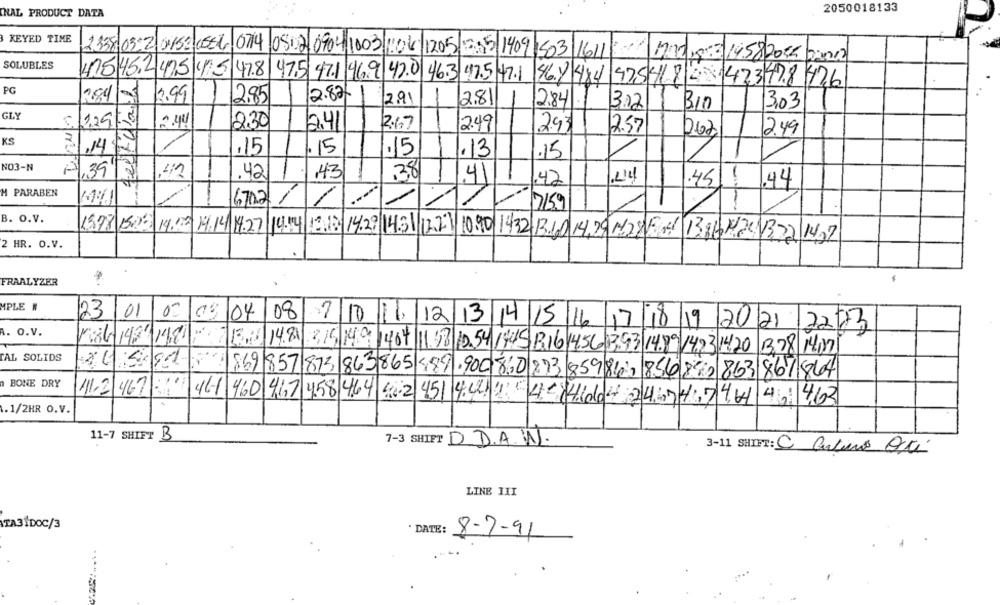
2050018133
THAL PRODUCT DATA
KEYED TIME
2335.03-2 01152 0554, 074 0512 0904 1003 106 1205
503/1611
Mad,8:314582055 22012
SOLUBLES
425452475 4) 5 478 475 471 96.9 42.0 46.3 47.5 47.1
46.7 484 4254180 423428 426
PG
2.82/
telfdla
3.99
2,85
2.91
28
2.84
3.02
B10
3.03
GLY
5/1291-9
2.30
2.41
2.67
2.49
293
12.57
062
12.49
KS
31.14
,15
. 15
.15
.13
.15
NO3-N
11.39
.42
43
.3,8
.42
41
45
M PARABEN
.44
6702
/
7159
--
B. O.V.
15.98 5019 19.12 14.14 14.27 14.14 12.12/ 14.29 14.3 12.2) 10,90 1432 13.10 14,29 122 Fois 13.86 19.20 1322 1427
2 HR. O.V.
FRAALYZER
MPLE #
23/01
04/08
$7/10
A. O.V.
12/13/14 15 16 17 18 19 20 21 2273
Kat 142/198
14.84
2/6 /9 1404 11.58 10.54 14.45 816 14.56 3.93 14.89 14.23 14.20 1328 1407
TAL SOLIDS
Sand
869 857 873 863 865
489.900 8:0 223 859860, 856 8(0 863 867 864
BONE DRY
11,21467
461 460 417 458 4.64 40-2 451 4.02/21: 45 4.004 246742746 40 463
1.1/2HR O.V.
11-7 SHIFT B
7-3 SHIFT D.D.A. W.
3-11 SHIFT: C Cavino Ori
LINE III
TA31DOC/3
· DATE:
8-7-91